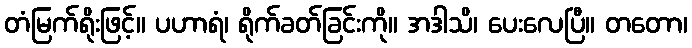
တံမြက်ရိုးဖြင့်။ ပဟာရံ၊ ရိုက်ခတ်ခြင်းကို။ အဒါသိ၊ ပေးလေပြီ။ တတော၊